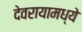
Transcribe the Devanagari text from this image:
देवरायामध्ये